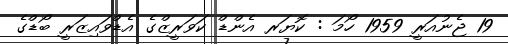
19 ޖެނުއަރީ 1959 ހޯމަ : ކޮޔަރ އެންޑް ކަވަރީޒްގެ އެޑްވައިޒަރީ ބޯޑްގެ